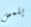
يلمس